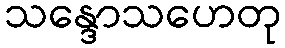
သန္ဒောသဟေတု